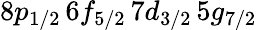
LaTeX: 8p_{1/2}\, 6f_{5/2}\, 7d_{3/2}\, 5g_{7/2}